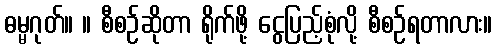
ဓမ္မဂုတ်။ ။ စီစဉ်ဆိုတာ ရိုက်ဖို့ ငွေပြည့်စုံလို့ စီစဉ်ရတာလား။